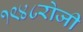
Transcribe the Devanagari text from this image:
१९४८रोजी